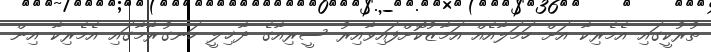
ތުރުކީގައި އެމެރިކާ އަށް ހަމަލާއެއް އަމާޒުކޮށްފައިވާއިރު ސީރިއާގެ ދާޚިލީ ހަނގުރާމާގައި އެމެރިކާ އިން